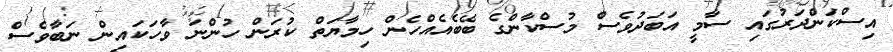
އިސްކަންދަރުގައި ސާމީ އަބަދުވެސް މުސްކާންގެ ބޭބެއެއްހެން ހިމާޔަތް ކުރަން ހުންނަ ވާހަކައިން ނަބާވެސް